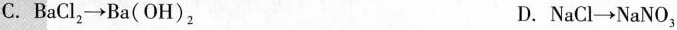
C. $$BaCl_{2} \rightarrow Ba(OH)_{2}$$ D. $$NaCl\rightarrow NaNO_{3}$$